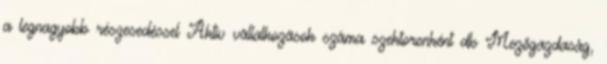
a legnagyobb részesedéssel Aktív vállalkozások száma szektoronként db Mezőgazdaság,